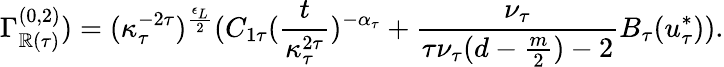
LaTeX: \Gamma_{\mathbb{R}(\tau)}^{(0,2)})=(\kappa_{\tau}^{-2\tau})^{\frac{{\epsilon_{L}}}{{2}}}(C_{1\tau}(\frac{{t}}{{\kappa_{\tau}^{2\tau}}})^{-\alpha_{\tau}}+\frac{{\nu_{\tau}}}{{\tau\nu_{\tau}(d-\frac{{m}}{{2}})-2}}B_{\tau}(u_{\tau}^{*})).